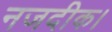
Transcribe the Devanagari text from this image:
नजदीक।